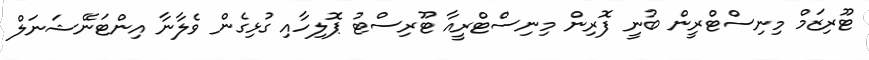
ޓޫރިޒަމް މިނިސްޓްރީން ބުނީ ފޮރިން މިނިސްޓްރީއާ ޓޫރިސްޓު ޕޮލިހާއި ގުޅިގެން ވެލާނާ އިންޓަނޭޝަނަލް